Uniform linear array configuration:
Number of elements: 32
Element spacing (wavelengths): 0.25
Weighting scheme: hann
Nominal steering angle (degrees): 60
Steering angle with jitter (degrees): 60.451
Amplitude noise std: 0.05
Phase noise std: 0.05

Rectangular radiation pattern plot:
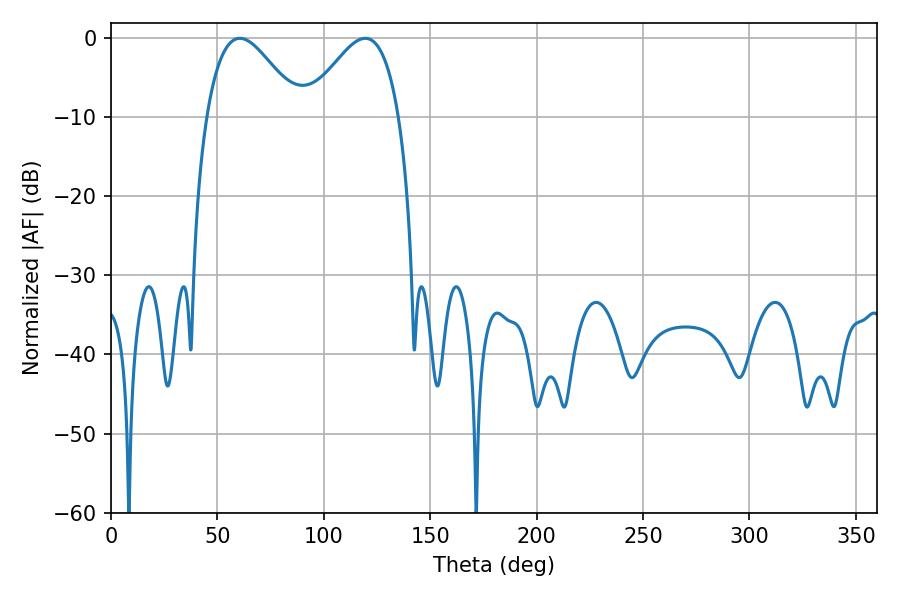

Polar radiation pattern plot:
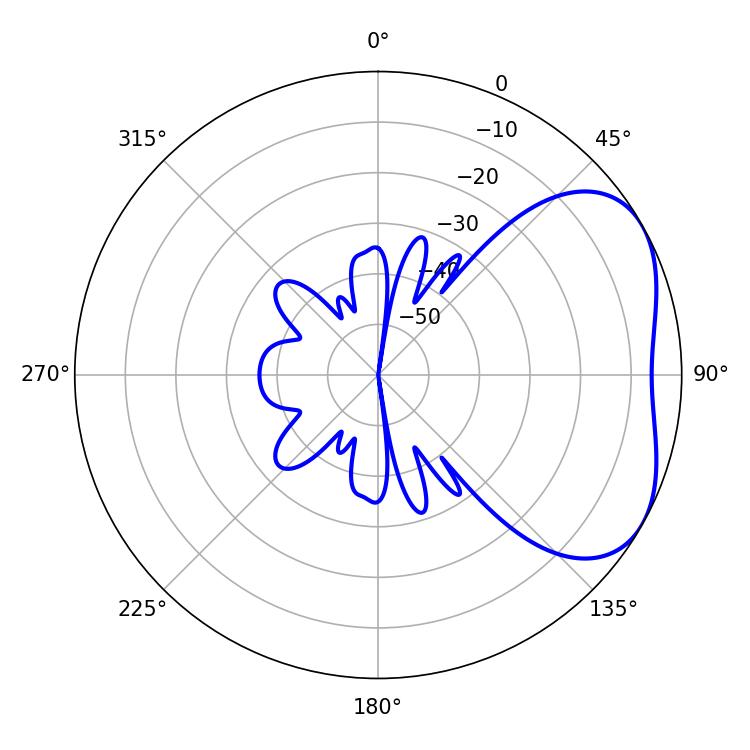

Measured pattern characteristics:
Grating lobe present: FALSE
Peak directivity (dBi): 3.953
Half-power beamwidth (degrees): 23.4
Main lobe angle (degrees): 60.48